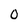
Character: 0